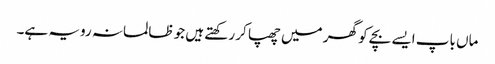
ماں باپ ایسے بچے کو گھر میں چھپا کر رکھتے ہیں جو ظالمانہ رویہ ہے۔